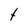
Character: t